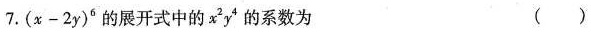
7.$$( x - 2 y ) ^ { 6 }$$的展开式中的x^{2}y^{4}的系数为 ( )